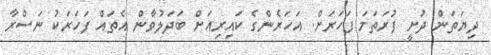
ދިޔަތަން ދުށީ ފުރަތަމަ ފަހަރަށް. އަހަރެންގެ ކައިރިއަށް ބަދަލުވާން އެތައް ފަހަރަކު ނަސްރާ